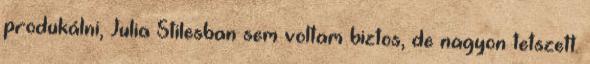
produkálni, Julia Stilesban sem voltam biztos, de nagyon tetszett.